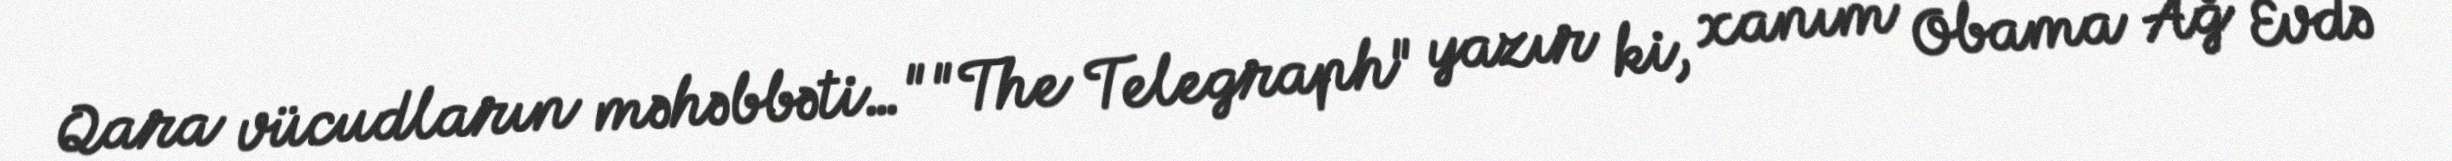
Qara vücudların məhəbbəti…""The Telegraph" yazır ki, xanım Obama Ağ Evdə